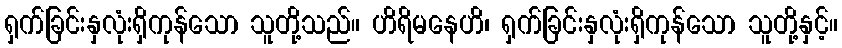
ရှက်ခြင်းနှလုံးရှိကုန်သော သူတို့သည်။ ဟိရိမနေဟိ၊ ရှက်ခြင်းနှလုံးရှိကုန်သော သူတို့နှင့်။